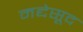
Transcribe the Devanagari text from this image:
मद्देसूद